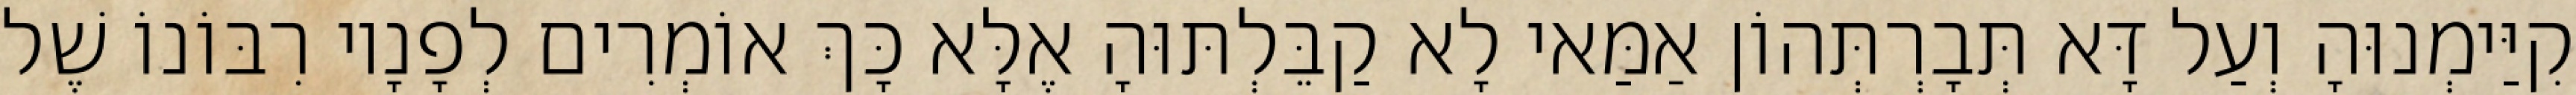
קִיַּימְנוּהָ וְעַל דָּא תְּבָרְתְּהוֹן אַמַּאי לָא קַבֵּלְתּוּהָ אֶלָּא כָּךְ אוֹמְרִים לְפָנָיו רִבּוֹנוֹ שֶׁל